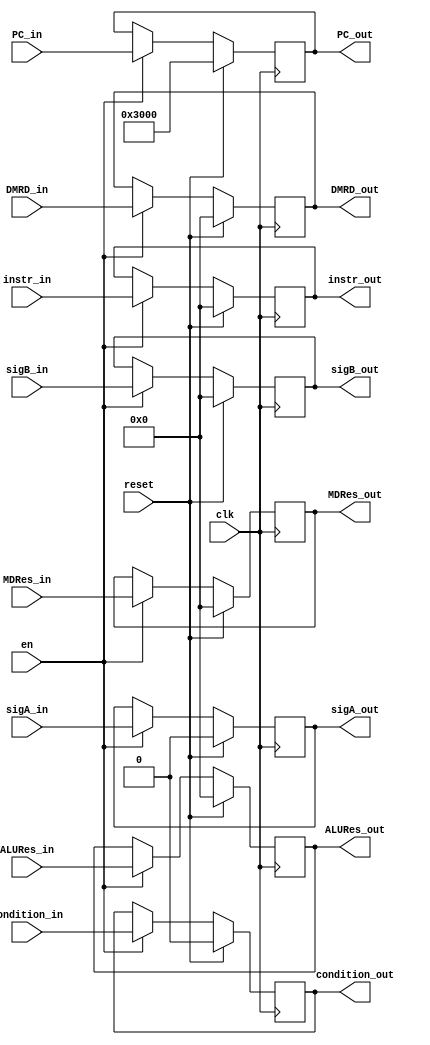
module MEM_WB (
	input clk,    // Clock
	input reset,
	input en,
	input[31:0] PC_in,
	output reg[31:0] PC_out,
	input[31:0] DMRD_in,
	output reg[31:0] DMRD_out,
	input[31:0] ALURes_in,
	output reg[31:0] ALURes_out,
	input[31:0] instr_in,
	output reg[31:0] instr_out,
	input[31:0] MDRes_in,
	output reg[31:0] MDRes_out,
	input sigA_in,
	output reg sigA_out,
	input[31:0] sigB_in,
	output reg[31:0] sigB_out,
	input condition_in,
	output reg condition_out
);

		always @(posedge clk ) begin
			if(reset) begin
				PC_out <= 32'h00003000;
				DMRD_out<=0;
				ALURes_out<=0;
				instr_out<=0;
				MDRes_out<=0;
				sigA_out<=0;
				sigB_out<=0;
				condition_out<=0;
			end else begin
				if(en)begin
					PC_out<=PC_in;
					DMRD_out<=DMRD_in;
					ALURes_out<=ALURes_in;
					instr_out<=instr_in;
					MDRes_out<=MDRes_in;
					sigA_out<=sigA_in;
					sigB_out<=sigB_in;
					condition_out<=condition_in;
				end
			end
		end

endmodule